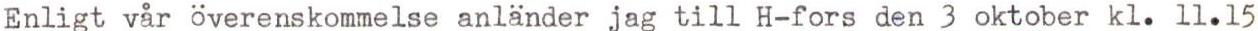
Enligt vår överenskommelse anländer jag till H-fors den 3 oktober kl. 11.15